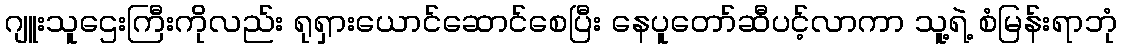
ဂျူးသူဌေးကြီးကိုလည်း ရုရှားယောင်ဆောင်စေပြီး နေပူတော်ဆီပင့်လာကာ သူ့ရဲ့ စံမြန်းရာဘုံ